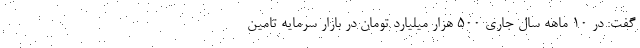
گفت: در ۱۰ ماهه سال جاری ۵۰۰ هزار میلیارد تومان در بازار سرمایه تامین